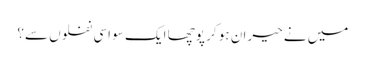
میں نے حیران ہو کر پوچھا ایک سو اسی نفلوں سے؟